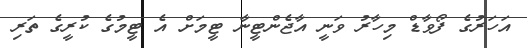
އަހަރުގެ ފޯވާޑް މިހާރު ވަނީ އާޖެންޓީނާ ޓީމަށް އެ ޓީމުގެ ކުރީގެ ތަރި